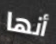
أنها